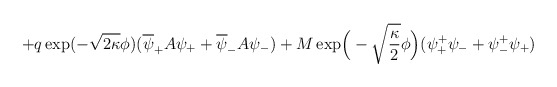
\begin{align*}+q\exp(-\sqrt{2\kappa}\phi)(\overline{\psi}_+ A\psi_+ +\overline{\psi}_-A\psi_-)+M\exp\!\Big(-\sqrt{\frac{\kappa}{2}}\phi\Big)(\psi_+^+\psi_- +\psi_-^+\psi_+)\end{align*}